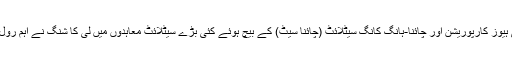
امریکہ کی ہیوز کارپوریشن اور چائنا-ہانگ کانگ سیٹلائٹ (چائنا سیٹ) کے بیچ ہوئے کئی بڑے سیٹلائٹ معاہدوں میں لی کا شنگ نے اہم رول ادا کیا تھا۔